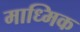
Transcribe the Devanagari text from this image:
माध्मिक